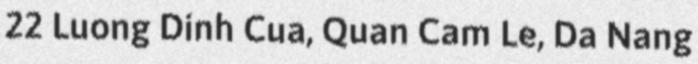
22 Luong Dinh Cua, Quan Cam Le, Da Nang